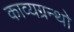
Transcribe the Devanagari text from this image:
काव्यग्रन्थो